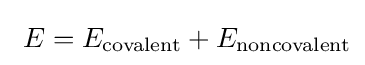
\ E=E_{\text{covalent}}+E_{\text{noncovalent}}